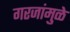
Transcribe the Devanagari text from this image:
गरजांमुळे